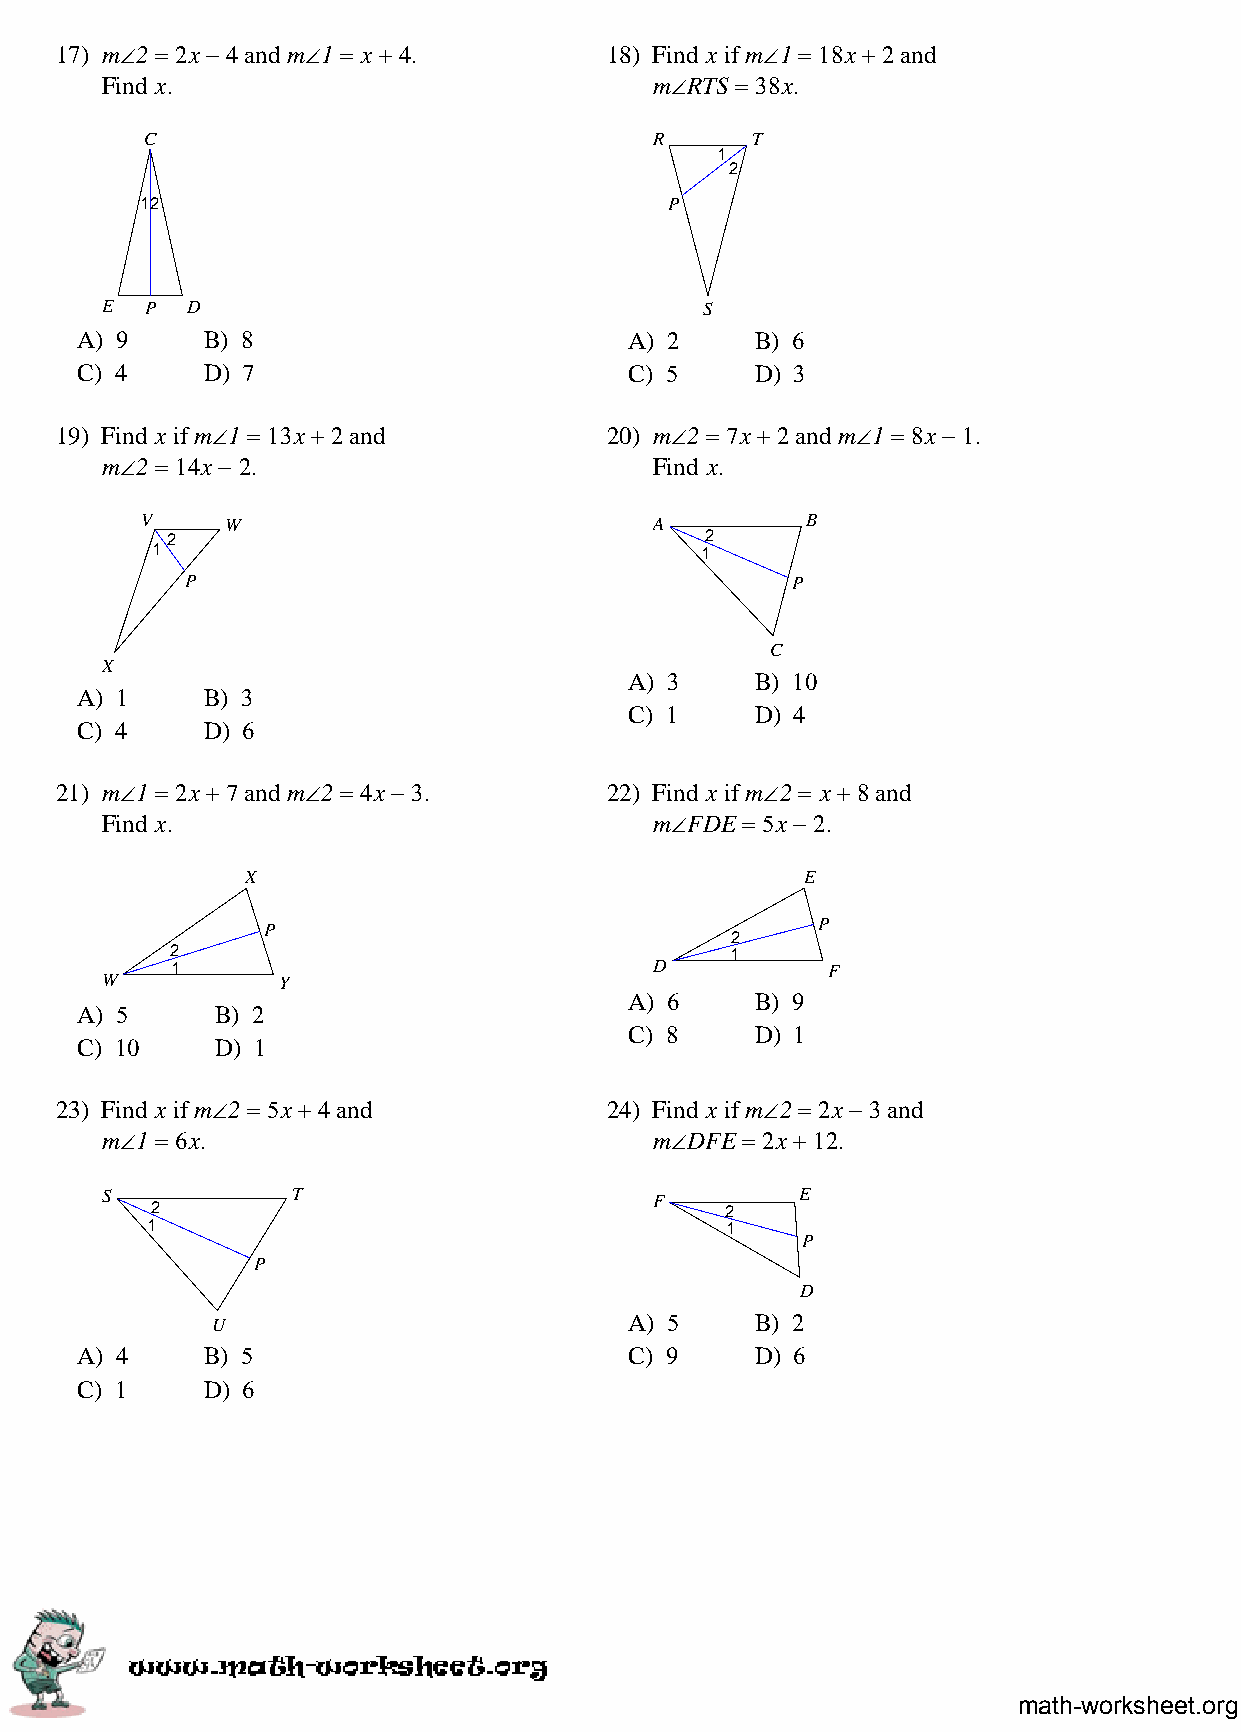
17) m∠2 = 2x − 4 and m∠1 = x + 4.   18) Find x if m∠1 = 18x + 2 and
 Find x.                             m∠RTS = 38x.
 C                                R      T
 1
 2
 12                                 P
 E  P D                                  S
 A) 9    B) 8                         A) 2    B) 6
 C) 4    D) 7                         C) 5    D) 3
 19) Find x if m∠1 = 13x + 2 and     20) m∠2 = 7x + 2 and m∠1 = 8x − 1.
 m∠2 = 14x − 2.                      Find x.
 V     W                           A         B
 2                                   2
 1                                   1
 P                                       P
 C
 X
 A) 3    B) 10
 A) 1    B) 3
 C) 1    D) 4
 C) 4    D) 6
 21) m∠1 = 2x + 7 and m∠2 = 4x − 3.  22) Find x if m∠2 = x + 8 and
 Find x.                             m∠FDE = 5x − 2.
 X                                    E
 P                                    P
 2
 2                                    1
 1                               D           F
 W          Y
 A) 6    B) 9
 A) 5     B) 2
 C) 8    D) 1
 C) 10    D) 1
 23) Find x if m∠2 = 5x + 4 and      24) Find x if m∠2 = 2x − 3 and
 m∠1 = 6x.                           m∠DFE = 2x + 12.
 S           T                       F         E
 2                                     2
 1                                     1
 P
 P
 D
 U                           A) 5    B) 2
 A) 4    B) 5                         C) 9    D) 6
 C) 1    D) 6
 math-worksheet.org